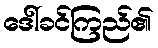
ဒေါ်ခင်ကြည်၏